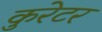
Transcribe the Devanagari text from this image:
कुरेटर